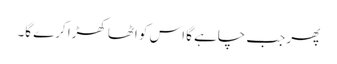
پھر جب چاہے گا اس کو اٹھا کھڑا کرے گا۔